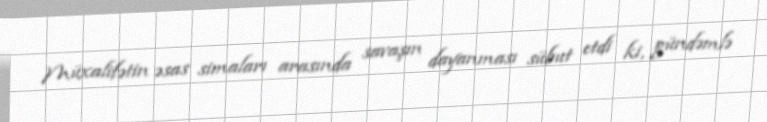
Müxalifətin əsas simaları arasında savaşın dayanması sübut etdi ki, gündəmlə